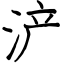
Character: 浐